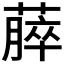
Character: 𫉡